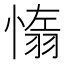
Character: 𦑑